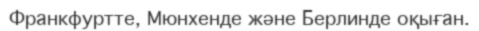
Франкфуртте, Мюнхенде және Берлинде оқыған.